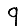
Digit: 9